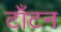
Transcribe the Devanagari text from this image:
टाँटन